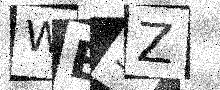
Text: WE5Z